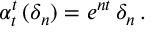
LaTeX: \alpha _ { t } ^ { t } \, ( \delta _ { n } ) = e ^ { n t } \, \delta _ { n } \, .